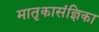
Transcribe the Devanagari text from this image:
मातृकासंज्ञिका